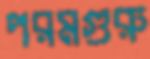
পরমগুরু